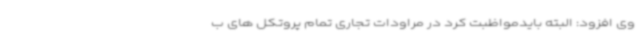
وی افزود: البته بایدمواظبت کرد در مراودات تجاری تمام پروتکل های ب